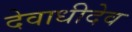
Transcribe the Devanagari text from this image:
देवाधीदेव